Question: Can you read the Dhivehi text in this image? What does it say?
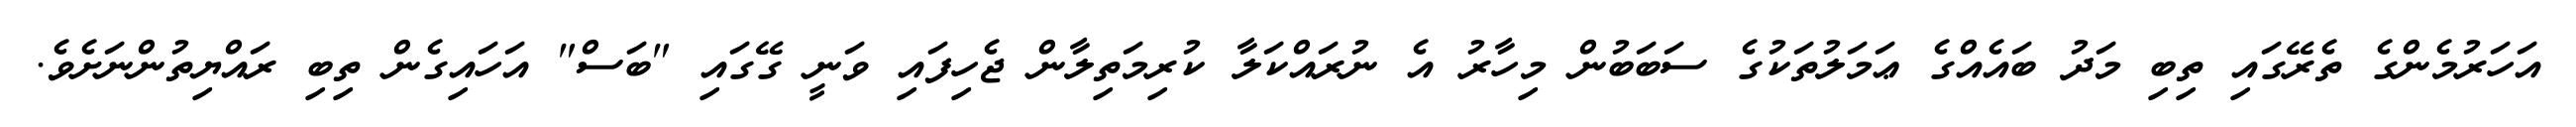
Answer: އަހަރުމެންގެ ތެރޭގައި ތިބި މަދު ބައެއްގެ ޢަމަލުތަކުގެ ސަބަބުން މިހާރު އެ ނުރައްކަލާ ކުރިމަތިލާން ޖެހިފައި ވަނީ ގޭގައި "ބަސް" އަހައިގެން ތިބި ރައްޔިތުންނަށެވެ.